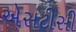
એસટીસી